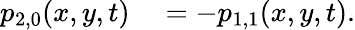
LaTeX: \begin{array}{rl}{p_{2,0}(x,y,t)}&{{}=-p_{1,1}(x,y,t).}\end{array}